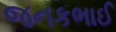
જનકભાઈ